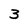
Character: 3